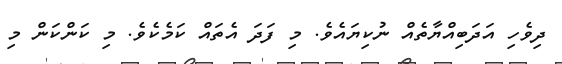
ދިވެހި އަދަބިއްޔާތެއް ނުކިޔައެވެ. މި ފަދަ އެތައް ކަމެކެވެ. މި ކަންކަން މި